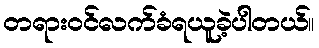
တရားဝင်လက်ခံရယူခဲ့ပါတယ်။